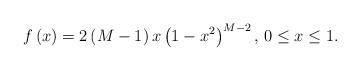
LaTeX: \begin{align*}f\left( x \right) = 2\left( M -1 \right) x \left(1-x^2\right)^{M-2}, & \,\, 0\leq x \leq 1.\end{align*}